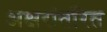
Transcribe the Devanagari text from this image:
अक्षरांतरित